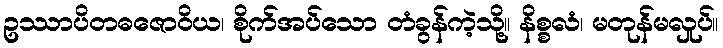
ဥဿာပိတဓဇောဝိယ၊ စိုက်အပ်သော တံခွန်ကဲ့သို့။ နိစ္စလံ၊ မတုန်မလှုပ်။